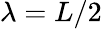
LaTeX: \lambda=L/2